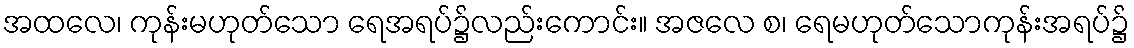
အထလေ၊ ကုန်းမဟုတ်သော ရေအရပ်၌လည်းကောင်း။ အဇလေ စ၊ ရေမဟုတ်သောကုန်းအရပ်၌